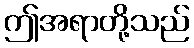
ဤအရာတို့သည်